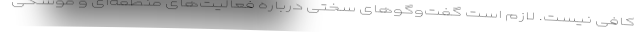
کافی نیست. لازم است گفت‌وگوهای سختی درباره فعالیت‌های منطقه‌ای و موشکی